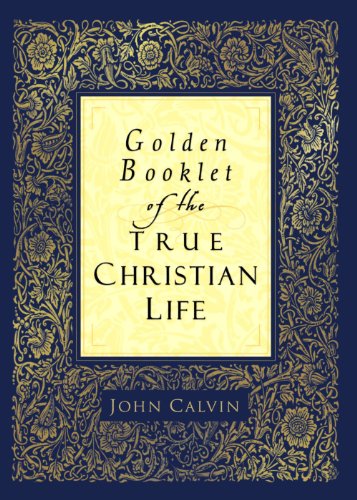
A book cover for Golden Booklet of the True Christian Life; John Calvin; Christian Books & Bibles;